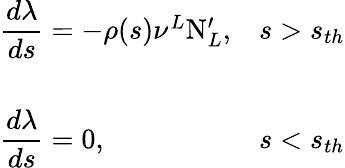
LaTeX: \begin{array}{ll}{{{\displaystyle\frac{d\lambda}{ds}}=-\rho(s)\nu^{L}\mathrm{N}_{L}^{\prime},}}&{{s>s_{th}}}\\ {{}}&{{}}\\ {{{\displaystyle\frac{d\lambda}{ds}}=0,}}&{{s<s_{th}}}\end{array}